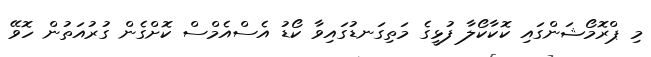
މި ޕްރޮމޯޝަންގައި ކޮކާކޯލާ ފުޅީގެ މަތިގަނޑުގައިވާ ކޯޑު އެސްއެމްސް ކޮށްގެން ގުރުއަތުން ހޮވޭ